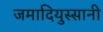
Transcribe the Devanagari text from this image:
जमादियुस्सानी